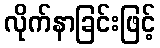
လိုက်နာခြင်းဖြင့်